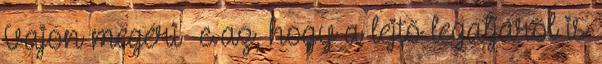
Vajon megéri -e az, hogy a lejtő legaljáról is